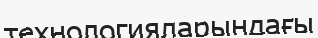
технологияларындағы